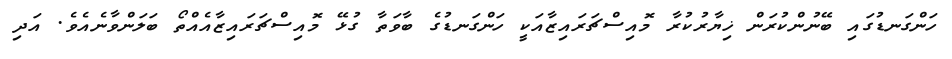
ހަންގަނޑުގައި ބޭނުންކުރަން ޚިޔާރުކުރާ މޮއިސްޗަރައިޒާއަކީ ހަންގަނޑުގެ ބާވަތާ ގުޅޭ މޮއިސްޗަރައިޒާއެއްތޯ ބަލަންވާނެއެވެ. އަދި